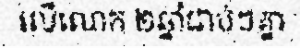
លើលោក ២ឆ្នាំជាប់ៗគ្នា